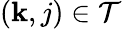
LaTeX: (\mathbf{k},j)\in\mathcal{{T}}